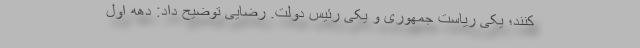
‌کنند؛ یکی ریاست جمهوری و یکی رئیس دولت. رضایی توضیح داد: دهه اول